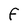
Character: F